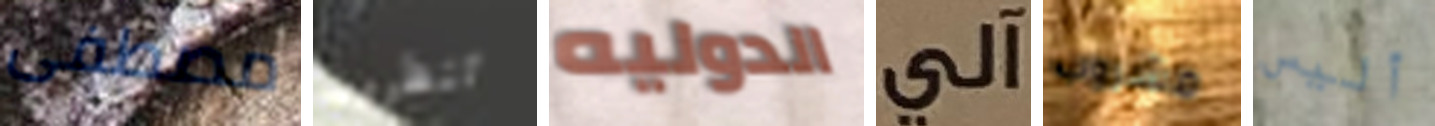
مصطفى تنظرون الدوليه آلي مشروب أليس